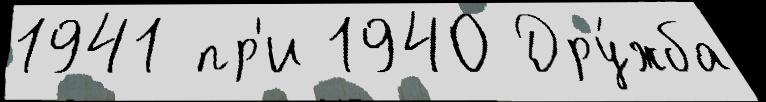
1941 пр'и 1940 Дру́жба